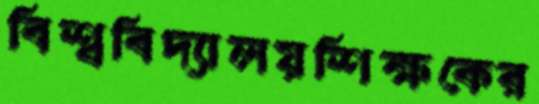
বিশ্ববিদ্যালয়শিক্ষকের